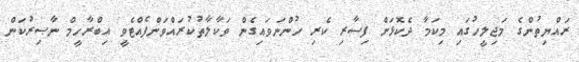
ރައްޔިތުންގެ މަޖިލީހުގައި މިކަމާ ދެކޮޅަށް ފިސާރި ކެރި ހުންނަވައިގެން ވަކާލާތުކުރައްވަންފެއްޓެވީ އިބްރާހީމް ނާޞިރުކަން